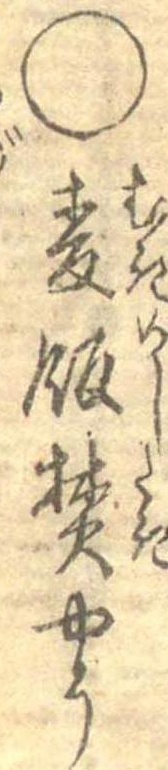
○麦飯焚やう